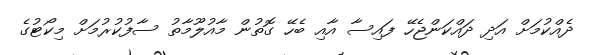
ދެއްކުމަށް އަދި ދައްކަންޖެހޭ ފައިސާ އާއި ބެހޭ ގޮތުން މާއުލޫމާތު ސާފުކުރުމަށް މިކޯޓުގެ